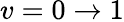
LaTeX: v=0\to 1